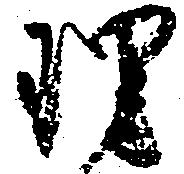
理